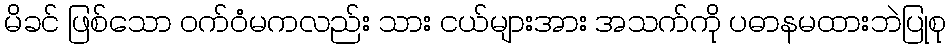
မိခင် ဖြစ်သော ဝက်ဝံမကလည်း သား ငယ်များအား အသက်ကို ပဓာနမထားဘဲပြုစု